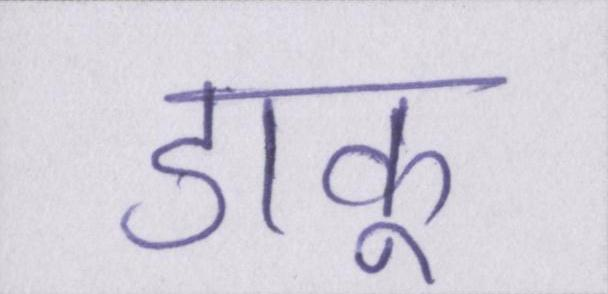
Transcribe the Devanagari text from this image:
डाकू